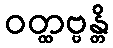
ဝတ္ထဗ္ဗန္တိ